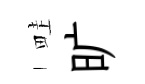
畦旷